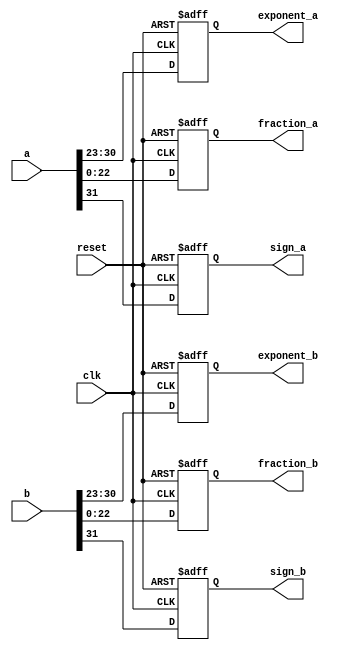
module c_split1(clk,reset,a,b,exponent_a,exponent_b,fraction_a,fraction_b,sign_a,sign_b);

input [31:0]a,b;
input clk,reset;

output reg[7:0]exponent_a,exponent_b;
output reg[22:0] fraction_a,fraction_b;
output reg sign_a,sign_b;

always@(posedge clk or negedge reset)
begin

if(!reset)
begin
	exponent_a <= 8'b00000000;
 exponent_b <= 8'b00000000;
 fraction_a <= 23'b00000000000000000000000;
 fraction_b <= 23'b00000000000000000000000;
 sign_a <= 1'b0;
 sign_b <= 1'b0;

end

else
begin
 exponent_a <= a[30:23];
 exponent_b <= b[30:23];
 fraction_a <= a[22:0];
 fraction_b <= b[22:0];
 sign_a <= a[31];
 sign_b <= b[31];
end

end

endmodule